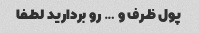
پول ظرف و … رو بردارید لطفا